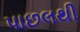
પાછલથી